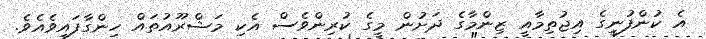
އެ ކުންފުނީގެ އިޖުތިމާއީ ޒިންމާގެ ދަށުން މީގެ ކުރިންވެސް އެކި މަޝްރޫއުތައް ހިންގާފައިވެއެވެ.